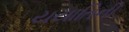
યયાતિની